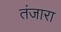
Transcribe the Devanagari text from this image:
तंजारा